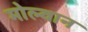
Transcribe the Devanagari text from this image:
मोल्वान